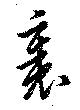
裏